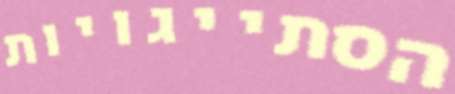
הסתייגויות